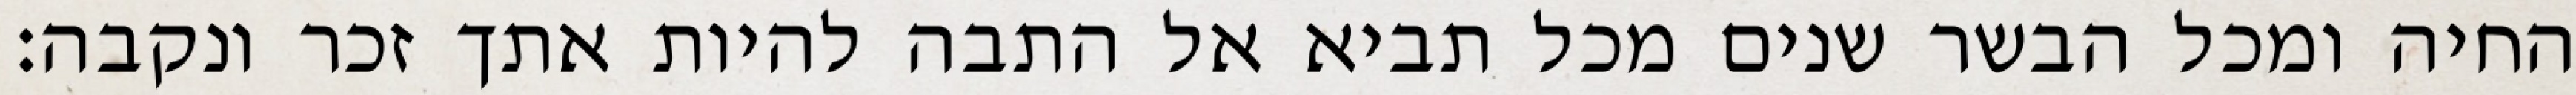
החיה ומכל הבשר שנים מכל תביא אל התבה להיות אתך זכר ונקבה׃